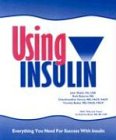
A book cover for Using Insulin: Everything You Need for Success with Insulin; John Walsh; Health, Fitness & Dieting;